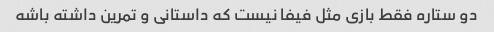
دو ستاره فقط بازی مثل فیفا نیست که داستانی و تمرین داشته باشه